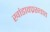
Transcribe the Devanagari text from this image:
खांडावप्रस्थात